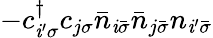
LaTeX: -c_{\mathit{i}^{\prime}\sigma}^{\dagger}c_{j\sigma}\bar{{n}}_{\mathit{i}\bar{{\sigma}}}\bar{{n}}_{j\bar{{\sigma}}}n_{\mathit{i}^{\prime}\bar{{\sigma}}}